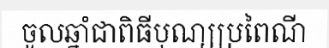
ចូលឆ្នាំជាពិធីបុណ្យប្រពៃណី